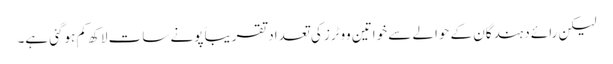
لیکن رائے دہندگان کے حوالے سے خواتین ووٹرز کی تعداد تقریباً پونے سات لاکھ کم ہوگئی ہے۔